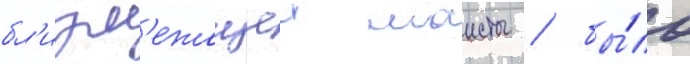
бл'изл'ежащеи маисты / бы́ло